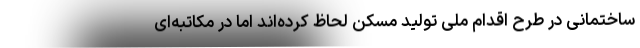
ساختمانی در طرح اقدام ملی تولید مسکن لحاظ کرده‌اند اما در مکاتبه‌ای